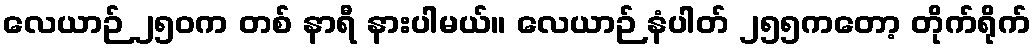
လေယာဉ် ၂၅၀က တစ် နာရီ နားပါမယ်။ လေယာဉ် နံပါတ် ၂၅၅ကတော့ တိုက်ရိုက်